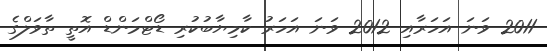
2011 ވަނަ އަހަރާއި 2012 ވަނަ އަހަރު ކާމިޔާބުކުރި ޑޯޓްމަންޑް އޮތީ ތާވަލްގެ